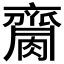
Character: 𪗌